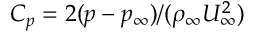
C _ { p } = 2 ( p - p _ { \infty } ) / ( \rho _ { \infty } U _ { \infty } ^ { 2 } )